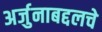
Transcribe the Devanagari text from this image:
अर्जुनाबद्दलचे